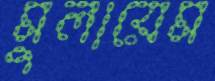
মুলায়েম